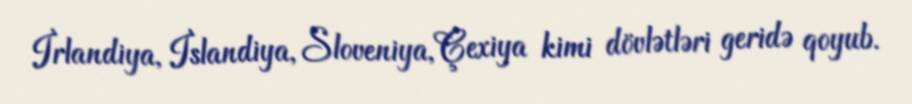
İrlandiya, İslandiya, Sloveniya, Çexiya kimi dövlətləri geridə qoyub.